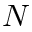
N